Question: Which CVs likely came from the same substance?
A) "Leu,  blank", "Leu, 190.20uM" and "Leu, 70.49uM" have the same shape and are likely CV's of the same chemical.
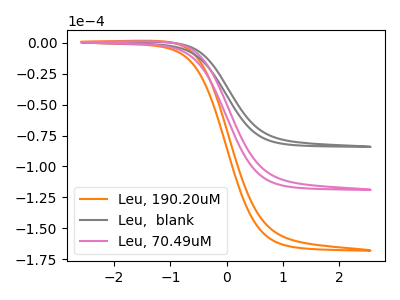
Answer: <think>The orange curve "Leu, 190.20uM" has no peaks. The gray curve "Leu,  blank" has no peaks. The pink curve "Leu, 70.49uM" has no peaks.
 Neither "Leu, 190.20uM" or "Leu,  blank" have any peaks. Neither "Leu, 190.20uM" or "Leu, 70.49uM" have any peaks. Neither "Leu,  blank" or "Leu, 70.49uM" have any peaks.</think>
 <answer>A) "Leu,  blank", "Leu, 190.20uM" and "Leu, 70.49uM" have the same shape and are likely CV's of the same chemical.</answer>
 <eval>A</eval>